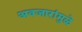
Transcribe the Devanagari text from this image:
अवजारांमुळे